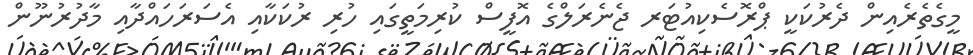
މީގެތެރެއިން ދެރުކަކީ ޕްރޮސެކިއުޓަރ ޖެނެރަލްގެ އޮފީސް ކުރިމަތީގައި ހުރި ރުކަކާއި އެސަރަހައްދާއި މާދުރުނޫން